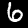
Digit: 6